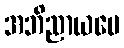
အဘိညာယပေ